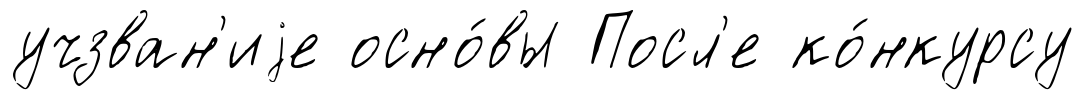
учзван'иjе осно́вы Посл'е ко́нкурсу